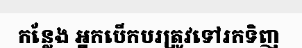
កន្លែង អ្នកបើកបរត្រូវទៅរកទិញ